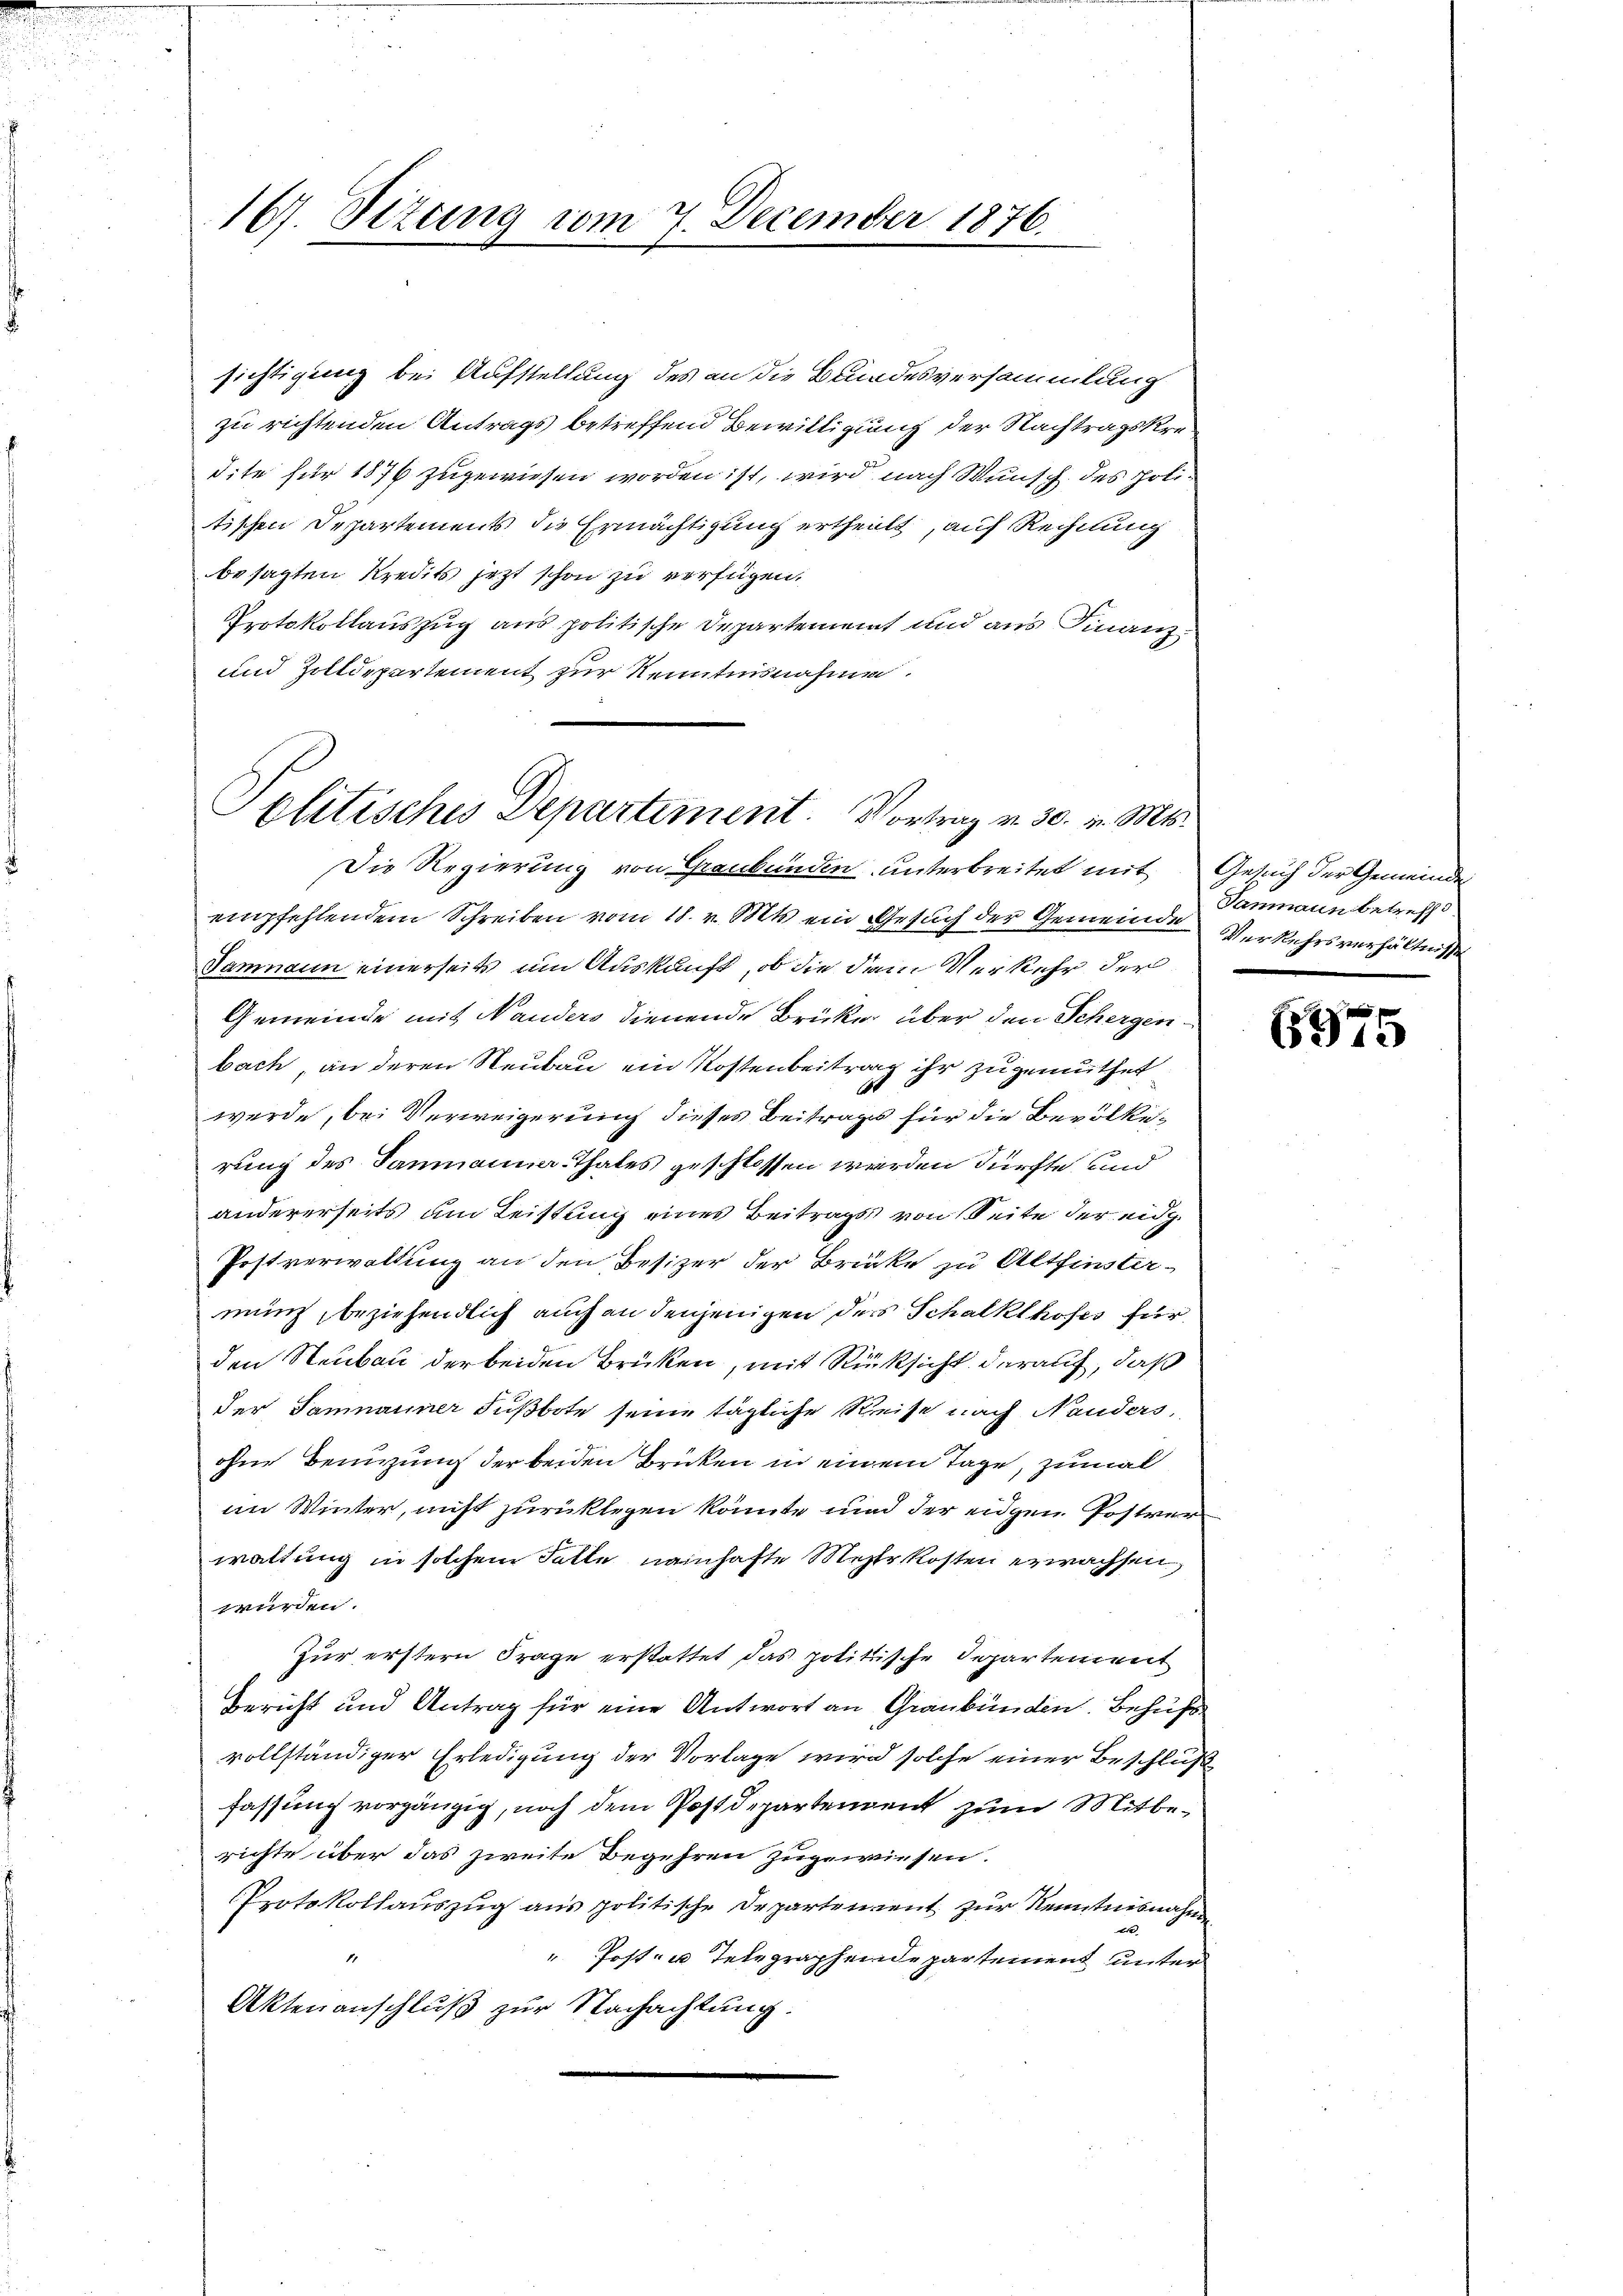
167. Sizung vom 7. December 1876.
e

sichtigung bei Aufstellung des an die Bundesversammlung
zu richtenden Antrags betreffend Bewilligung der Nachtragskredite für 1876 zugewiesen worden ist, wird nach Wunsch des Politischen Departements die Ermächtigung ertheilt, auf Rechnung
besagten Kredits jetzt schon zu verfügen,
Protokollauszug aus politische Departement und aus Finanz¬
und Zolldepartement zur Kenntnisnahme.
Politisches Departement. Vortrag v. 30. v. Mts.

Die Regierung von Graubünden unterbreitet mit Gesuch der Gemeinde
empfehlendem Schreiben vom 18. v. Mts. ein Gesuch der Gemeinde Verkehrsverhältnisse
Dammann einerseits um Auskunft, ob die dem Verkehr der
Gemeinde mit Nanders dienende Brücke über den Schergen
bach, an deren Neubau ein Kostenbeitrag ihr zugemuthet
60
werde, bei Verweigerung dieses Beitrages für die Bevölkerung des Janmanner-Thales geschlossen werden dürfte, und
andererseits am Leistung eines Beitrags von Seite der eidg.
Postverwaltung an den Besizer der Brücke zu Altfinstermung, beziehendlich auch an denjenigen der Schalklhofes für
den Neubau der beiden Brüken, mit Rücksicht darauf, daß
der Samnauner Fußbote seine tägliche Reise nach Nauders,
ohne Benuzung der beiden Brüken in einem Tage, zumal
im Winter, nicht zurücklegen könnte und der eidgen Postver-
waltung in solchem Falle namhafte Mehrkosten erwachsen,
würden.
Zur erstern Frage erstattet das politische Departement
Bericht und Antrag für eine Antwort an Graubünden. Behufs
vollständiger Erledigung der Vorlage wird solche einer Beschluß
fassung vorgängig, noch dem Postdepartement zum Mitberichte über das zweite Begehren zugewiesen.
Protokollaŭszŭg ans politische Departenvent zŭr Kenntnisnahme
ek.
" Post- u Telegraphende partement unter
Aktenanschluß zur Nachachtung.

Tanmann betreff

6975